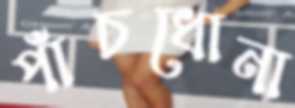
পাঁচধোনা